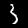
Label: 3